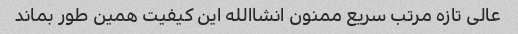
عالی تازه مرتب سریع ممنون انشاالله این کیفیت همین طور بماند